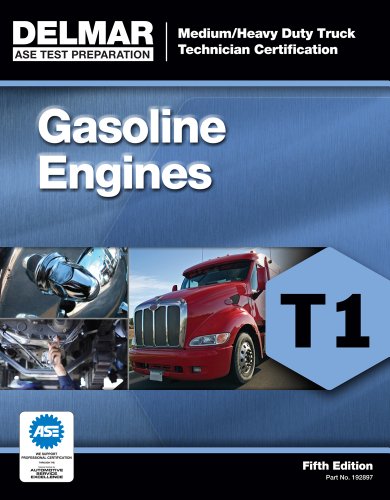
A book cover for ASE Test Preparation - T1 Gasoline Engines (Ase Test Preparation: Medium-Heavy Truck Certification Series); Cengage Learning Delmar; Engineering & Transportation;